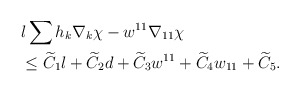
\begin{align*}&l\sum h_{k}\nabla_{k}\chi-w^{11}\nabla_{11}\chi\\&\leq \widetilde{C}_{1}l+\widetilde{C}_{2}d+\widetilde{C}_{3}w^{11}+\widetilde{C}_{4}w_{11}+\widetilde{C}_{5}.\end{align*}